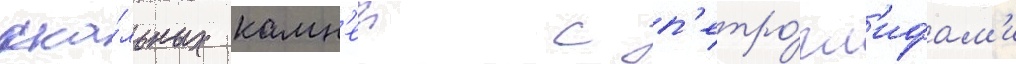
ска́льных камн'еи с п'етро́гл'ифам'и